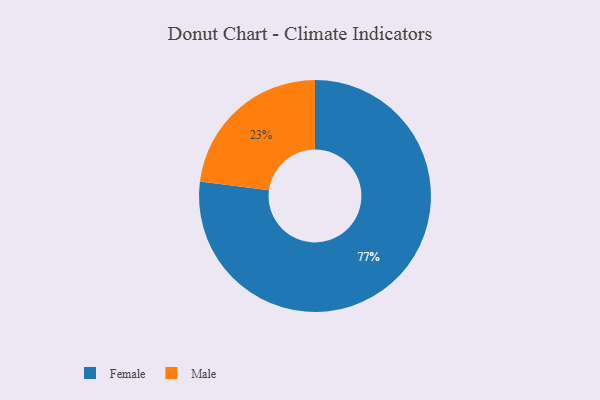
{"axis": {"x": "Category", "y": "Percentage"}, "legend": ["Female", "Male"], "data": [{"x": "Male", "y": 23, "type": "Male"}, {"x": "Female", "y": 77, "type": "Female"}]}